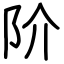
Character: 阶